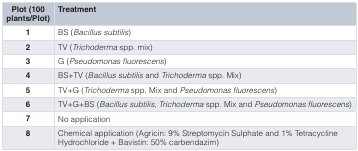
| Plot (100plants/Plot) | Treatment |
 | --- | --- |
 | 1 | BS (Bacillus subtilis) |
 | 2 | TV (Trichoderma spp. mix) |
 | 3 | G (Pseudomonas fluorescens) |
 | 4 | BS+TV (Bacillus subtilis andTrichoderma spp. Mix) |
 | 5 | TV+G (Trichoderma spp. Mix andPseudomonas fluorescens) |
 | 6 | TV+G+BS (Bacillus subtilis,Trichoderma spp. Mix andPseudomonas fluorescens) |
 | 7 | No application |
 | 8 | Chemical application (Agricin: 9% Streptomycin Sulphate and 1% TetracyclineHydrochloride + Bavistin: 50% carbendazim) |